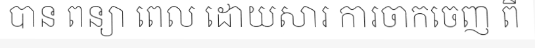
បាន ពន្យា ពេល ដោយសារ ការចាកចេញ ពី